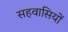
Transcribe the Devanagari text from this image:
सहवासियों